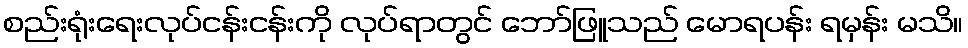
စည်းရုံးရေးလုပ်ငန်းငန်းကို လုပ်ရာတွင် ဘော်ဖြူသည် မောရပန်း ရမှန်း မသိ။